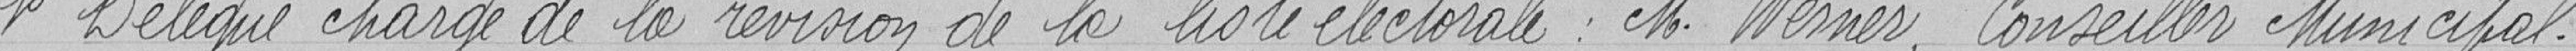
1° Délégué chargé de la révision de la liste électorale : Monsieur WESNER, conseiller Municipal.